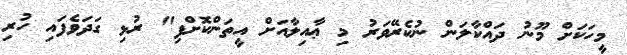
މީހަކަށް މޫނު ދައްކާލަން ނުކެރޭވަރު މި ޢާއިލާއަށް އީތަންކޮށްފި" ރުޅި ގަދަވެފައި ހުރި